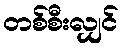
တစ်စီးလျှင်